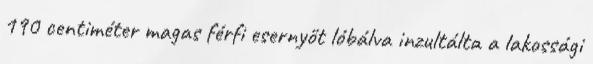
190 centiméter magas férfi esernyőt lóbálva inzultálta a lakossági